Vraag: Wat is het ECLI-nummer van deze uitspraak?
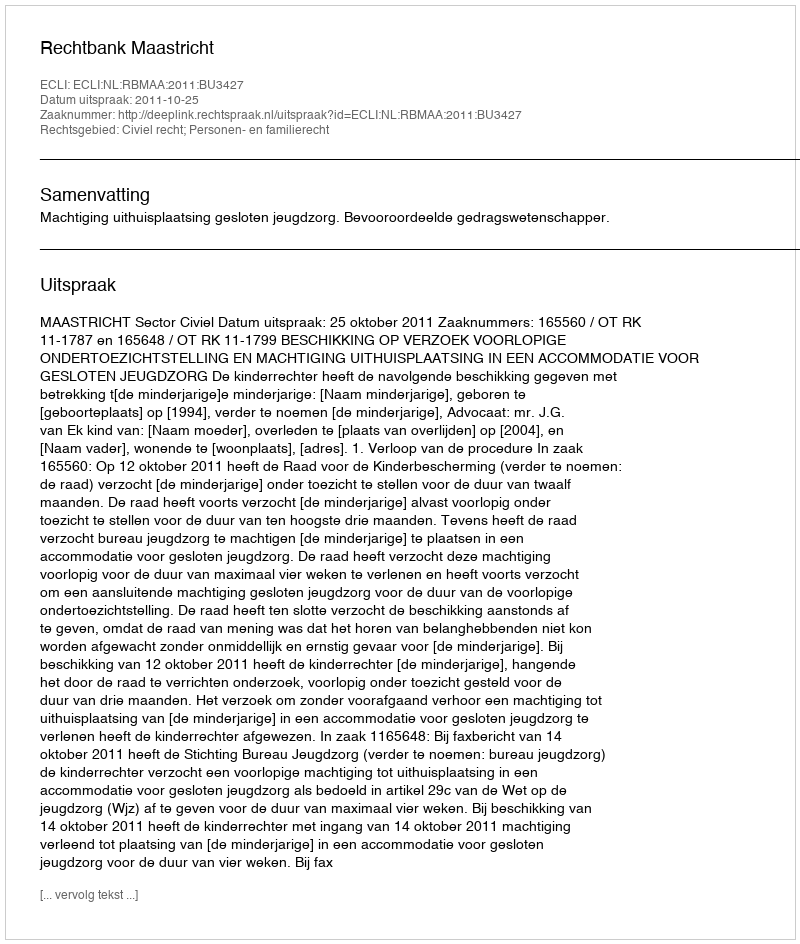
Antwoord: ECLI:NL:RBMAA:2011:BU3427